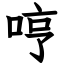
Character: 哼